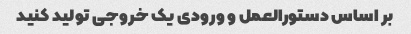
بر اساس دستورالعمل و ورودی یک خروجی تولید کنید